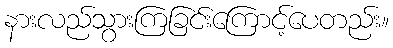
နားလည်သွားကြခြင်းကြောင့်ပေတည်း။